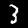
Label: 3